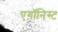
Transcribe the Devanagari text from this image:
एगॉनिस्ट